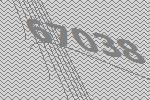
67038